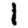
Digit: 1